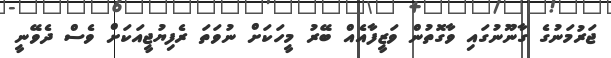
ޖަރުމަނުގެ ގާނޫނުގައި ވާގޮތުން ވަޒީފާއެއް ބޭރު މީހަކަށް ނުވަތަ ރެފިޔުޖީއަކަށް ވެސް ދެވޭނީ